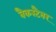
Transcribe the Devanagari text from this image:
बैकस्टैबर